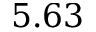
5 . 6 3